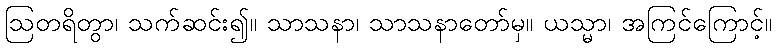
ဩတရိတွာ၊ သက်ဆင်း၍။ သာသနာ၊ သာသနာတော်မှ။ ယသ္မာ၊ အကြင်ကြောင့်။